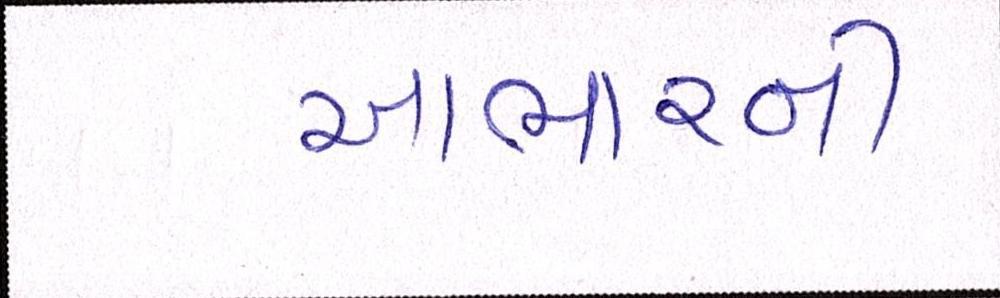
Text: આભારની